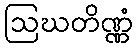
ဩဃတိဏ္ဏံ